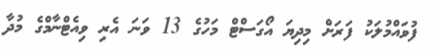
ފުވައްމުލަކު ފަރަށް މިދިޔަ އޯގަސްޓް މަހުގެ 13 ވަނަ އެރި ވިއެޓްނާމްގެ މުދާ